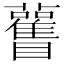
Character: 𥍊